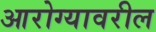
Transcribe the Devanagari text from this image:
आरोग्यावरील